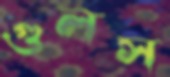
গুলস